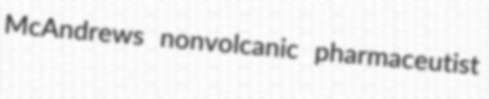
McAndrews nonvolcanic pharmaceutist